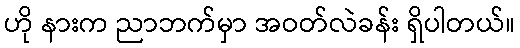
ဟို နားက ညာဘက်မှာ အဝတ်လဲခန်း ရှိပါတယ်။